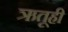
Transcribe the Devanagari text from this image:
ऋतूही